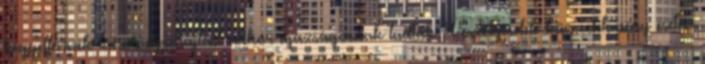
kegyetlennek tűnő végrehajtást akkor igazságosnak tudták. Veszélyesebb bűncselekmény esetén